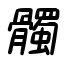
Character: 髑